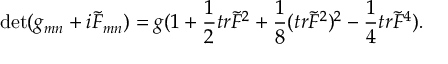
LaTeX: \operatorname * { d e t } ( g _ { m n } + i \tilde { F } _ { m n } ) = g ( 1 + { \frac { 1 } { 2 } } t r \tilde { F } ^ { 2 } + { \frac { 1 } { 8 } } ( t r \tilde { F } ^ { 2 } ) ^ { 2 } - { \frac { 1 } { 4 } } t r \tilde { F } ^ { 4 } ) .